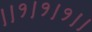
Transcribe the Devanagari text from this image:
।।१।१।१।।